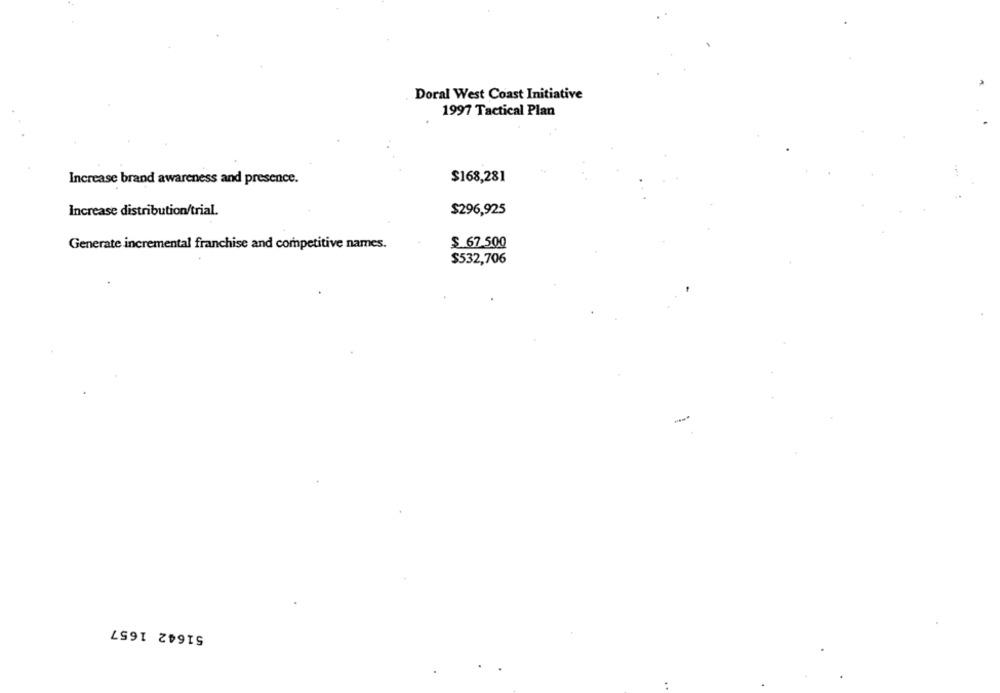
Doral West Coast Initiative
1997 Tactical Plan
$168,281
Increase brand awareness and presence.
Increase distribution/trial.
$296,925
Generate incremental franchise and competitive names.
$ 67.500
$532,706
-
51642 1657